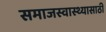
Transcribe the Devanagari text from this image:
समाजस्वास्थ्यासाठी